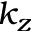
k _ { z }